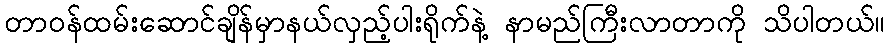
တာဝန်ထမ်းဆောင်ချိန်မှာနယ်လှည့်ပါးရိုက်နဲ့ နာမည်ကြီးလာတာကို သိပါတယ်။